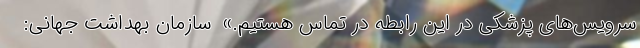
سرویس‌های پزشکی در این رابطه در تماس هستیم.» ‌ سازمان بهداشت جهانی: